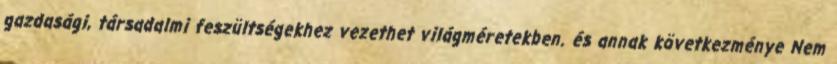
gazdasági, társadalmi feszültségekhez vezethet világméretekben. és annak következménye Nem